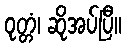
ဝုတ္တံ၊ ဆိုအပ်ပြီ။